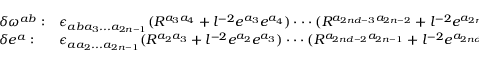
\begin{array} { l l l } { { \delta \omega ^ { a b } : } } & { { \epsilon _ { a b a _ { 3 } . . . a _ { 2 n - 1 } } ( R ^ { a _ { 3 } a _ { 4 } } + l ^ { - 2 } e ^ { a _ { 3 } } e ^ { a _ { 4 } } ) \cdot \cdot \cdot ( R ^ { a _ { 2 n d - 3 } a _ { 2 n - 2 } } + l ^ { - 2 } e ^ { a _ { 2 n d - 3 } } e ^ { a _ { 2 n - 2 } } ) T ^ { a _ { 2 n - 1 } } } } & { { = 0 } } \\ { { \delta e ^ { a } : } } & { { \epsilon _ { a a _ { 2 } . . . a _ { 2 n - 1 } } ( R ^ { a _ { 2 } a _ { 3 } } + l ^ { - 2 } e ^ { a _ { 2 } } e ^ { a _ { 3 } } ) \cdot \cdot \cdot ( R ^ { a _ { 2 n d - 2 } a _ { 2 n - 1 } } + l ^ { - 2 } e ^ { a _ { 2 n d - 2 } } e ^ { a _ { 2 n - 1 } } ) } } & { { = 0 } } \end{array} .